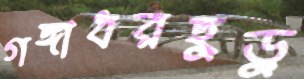
গঙ্গাধরহুড়ু